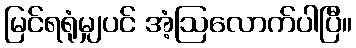
မြင်ရရုံမျှပင် အံ့ဩလောက်ပါပြီ။